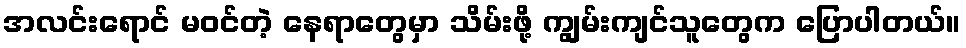
အလင်းရောင် မဝင်တဲ့ နေရာတွေမှာ သိမ်းဖို့ ကျွမ်းကျင်သူတွေက ပြောပါတယ်။